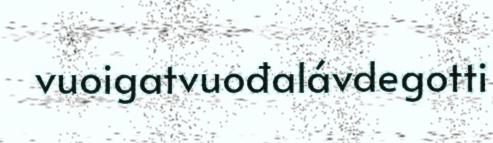
vuoigatvuođalávdegotti